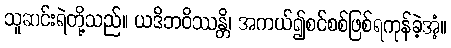
သူဆင်းရဲတို့သည်။ ယဒိဘဝိဿန္တိ၊ အကယ်၍စင်စစ်ဖြစ်ရကုန်ခဲ့အံ့။